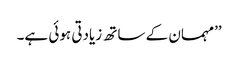
’’مہمان کے ساتھ زیادتی ہوئی ہے۔